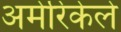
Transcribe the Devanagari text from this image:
अमेरिकेले